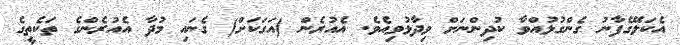
އެކަލޭގެފާނު ގެންގުޅުއްވާ ކުދިންނަށް ވިދާޅުވިއެވެ. އެއުރެން (އަގަކަށް) ގެނައި މުދާ އެއުރެންގެ ތަކެތީގެ